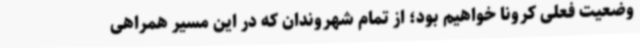
وضعیت فعلی کرونا خواهیم بود؛ از تمام شهروندان که در این مسیر همراهی